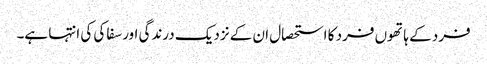
فرد کے ہاتھوں فرد کا استحصال ان کے نزدیک درندگی اور سفاکی کی انتہا ہے۔